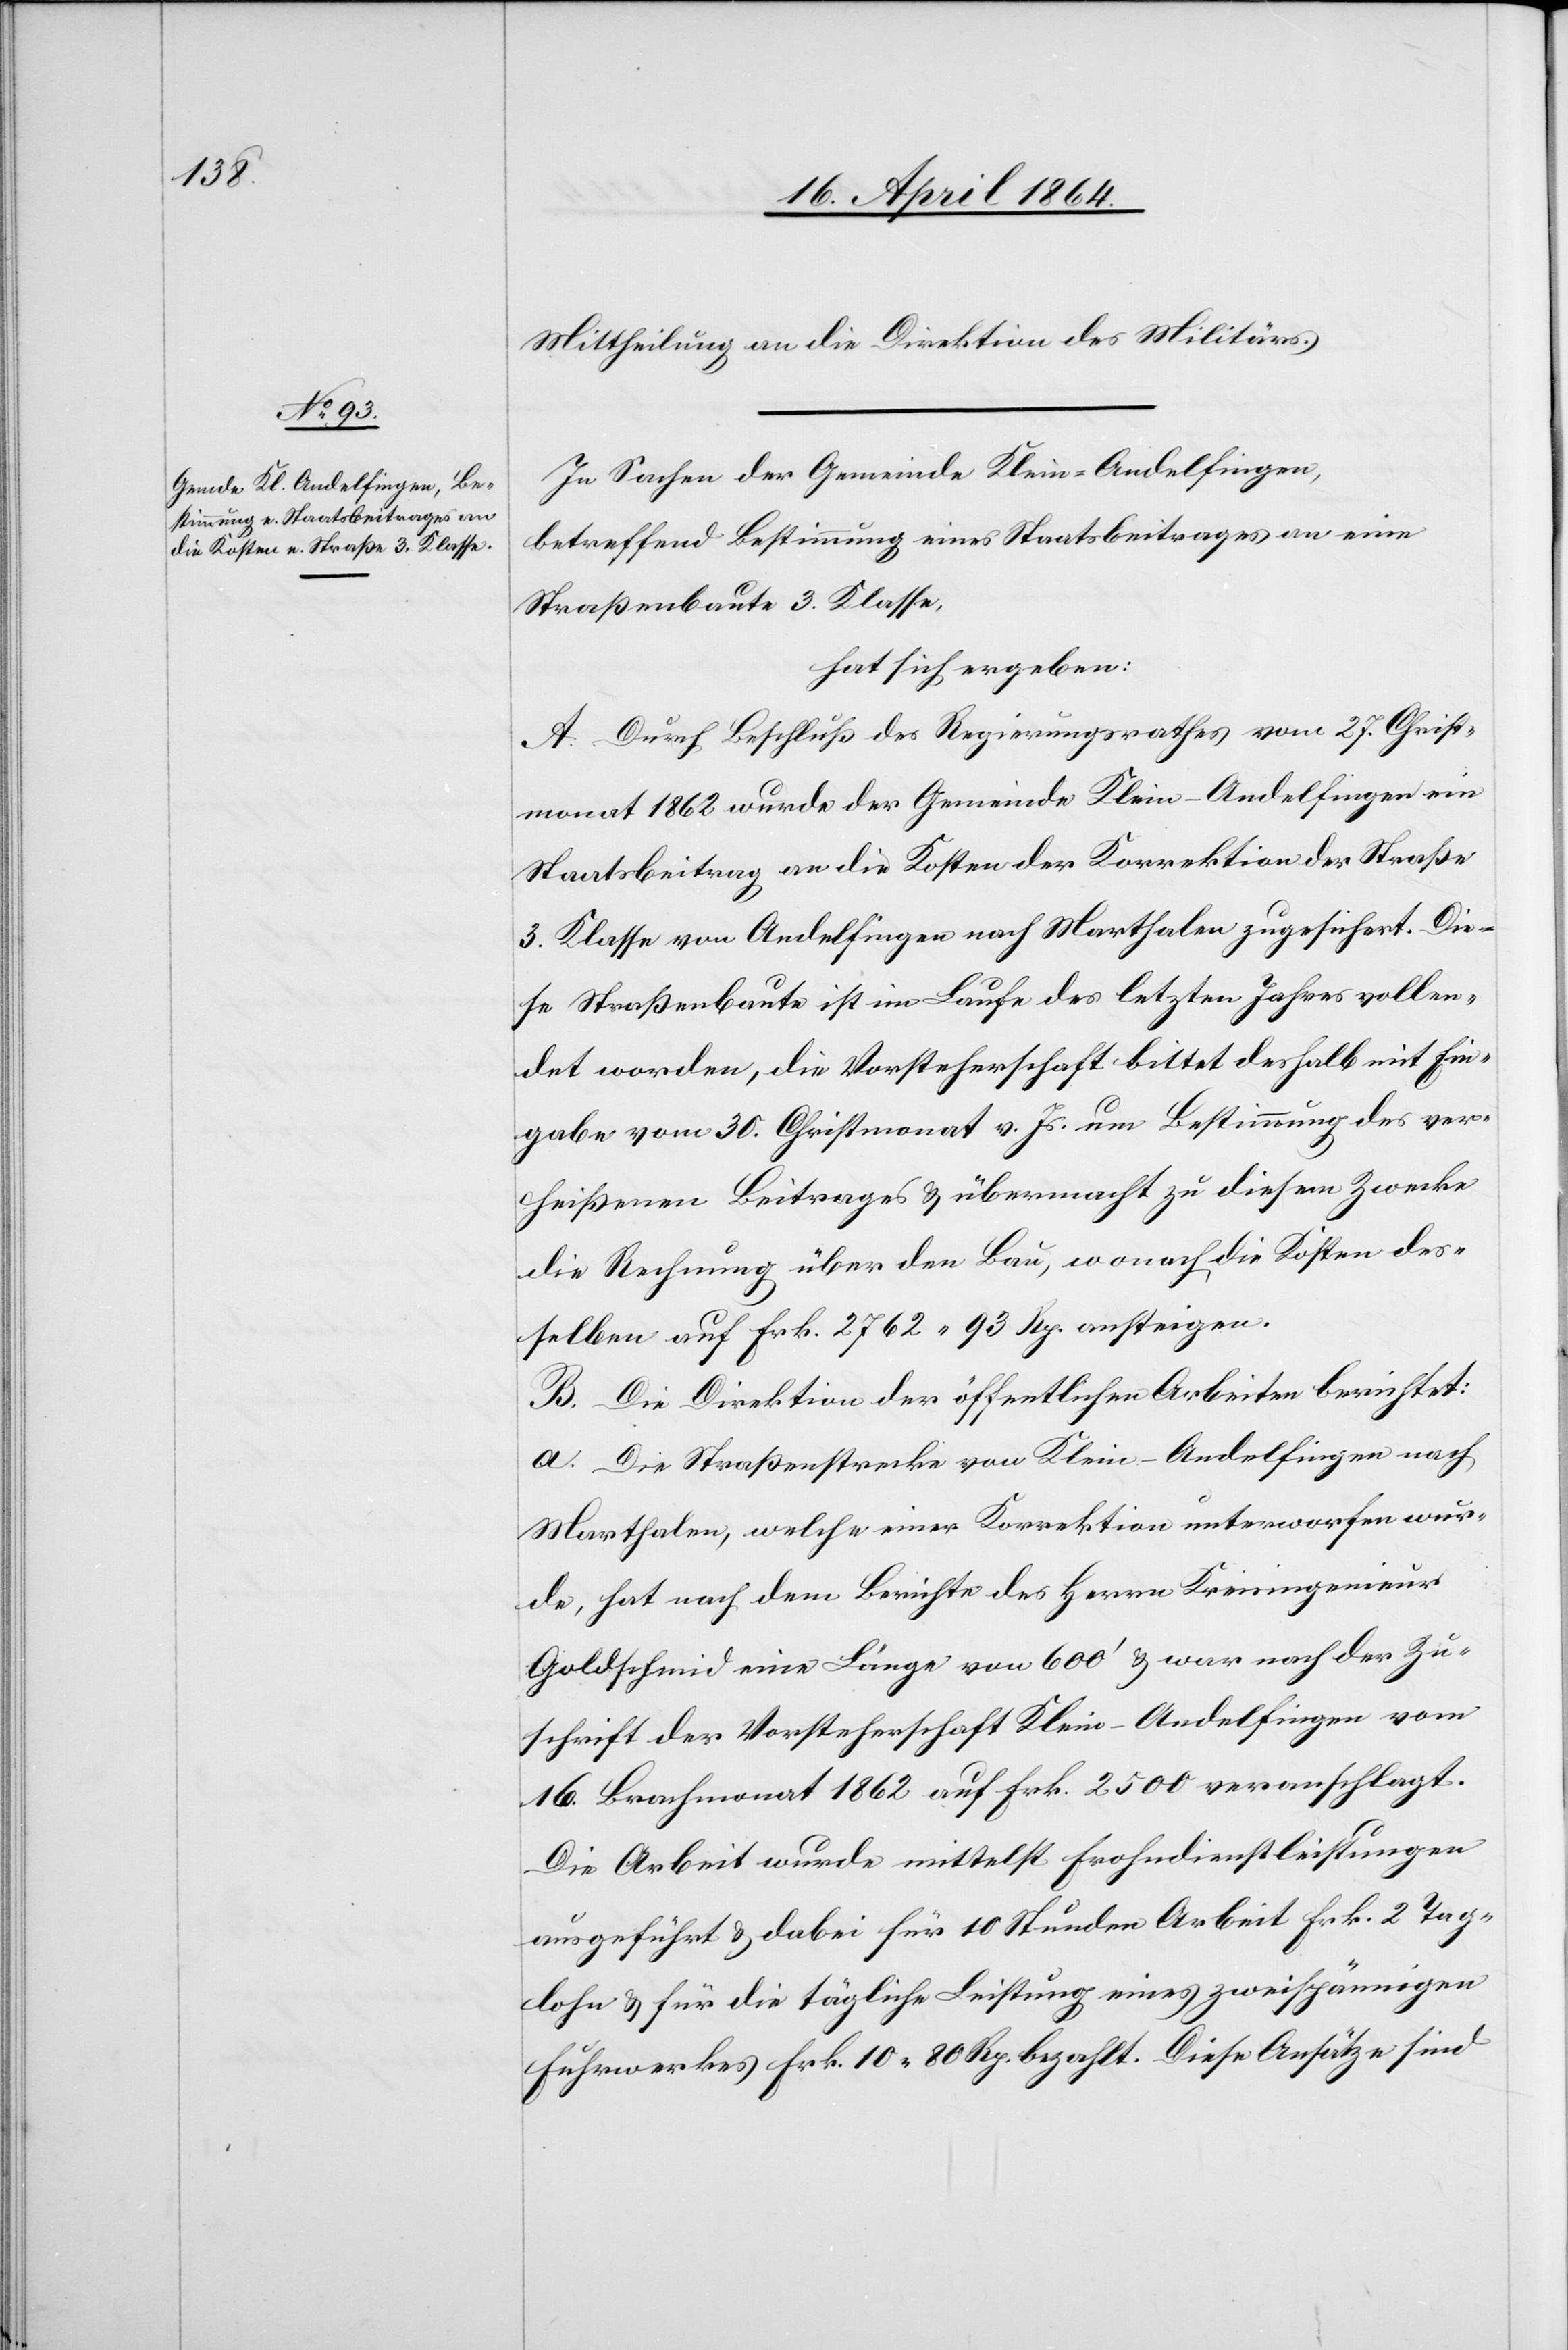
Mittheilung an die Direktion des Militärs.
In Sachen der Gemeinde Klein-Andelfingen,
betreffend Bestimmung eines Staatsbeitrages an eine
Straßenbaute 3. Klasse,
hat sich ergeben:
A. Durch Beschluß des Regierungsrathes vom 27. Christ¬
monat 1862 wurde der Gemeinde Klein-Andelfingen ein
Staatsbeitrag an die Kosten der Korrektion der Straße
3. Klasse von Andelfingen nach Marthalen zugesichert. Die¬
se Straßenbaute ist im Laufe des letzten Jahres vollen¬
det worden, die Vorsteherschaft bittet deshalb mit Ein¬
gabe vom 30. Christmonat v. Js. um Bestimmung des ver¬
heißenen Beitrages u. übermacht zu diesem Zwecke
die Rechnung über den Bau, wonach die Kosten des¬
selben auf Frk. 2762 93 Rp. ansteigen.
B. Die Direktion der öffentlichen Arbeiten berichtet:
a. Die Straßenstrecke von Klein-Andelfingen nach
Marthalen, welche einer Korrektion unterworfen wur¬
de, hat nach dem Berichte des Herrn Kreisingenieur
Goldschmid eine Länge von 600’ u. war nach der Zu¬
schrift der Vorsteherschaft Klein-Andelfingen vom
16. Brachmonat 1862 auf Frk. 2500 veranschlagt.
Die Arbeit wurde mittelst Frohndienstleistungen
ausgeführt u. dabei für 10 Stunden Arbeit Frk. 2 Tag¬
lohn u. für die tägliche Leistung eines zweispännigen
Fuhrwerkes Frk. 10 80 Rp. bezahlt. Diese Ansätze sind